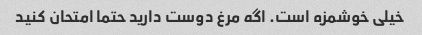
خیلی خوشمزه است. اگه مرغ دوست دارید حتما امتحان کنید